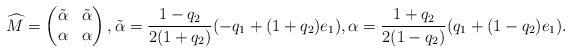
LaTeX: \begin{gather*}\widehat{M} = \begin{pmatrix}\tilde{\alpha} & \tilde{\alpha} \\ \alpha & \alpha\end{pmatrix}, \tilde{\alpha}=\frac{1-q_2}{2(1+q_2)}(-q_1+(1+q_2)e_1),\alpha=\frac{1+q_2}{2(1-q_2)}(q_1+(1-q_2)e_1).\end{gather*}